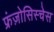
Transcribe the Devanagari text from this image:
फ्रंज़ोसिस्चेस